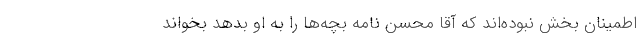
اطمینان بخش نبوده‌اند که آقا محسن نامه بچه‌ها را به او بدهد بخواند